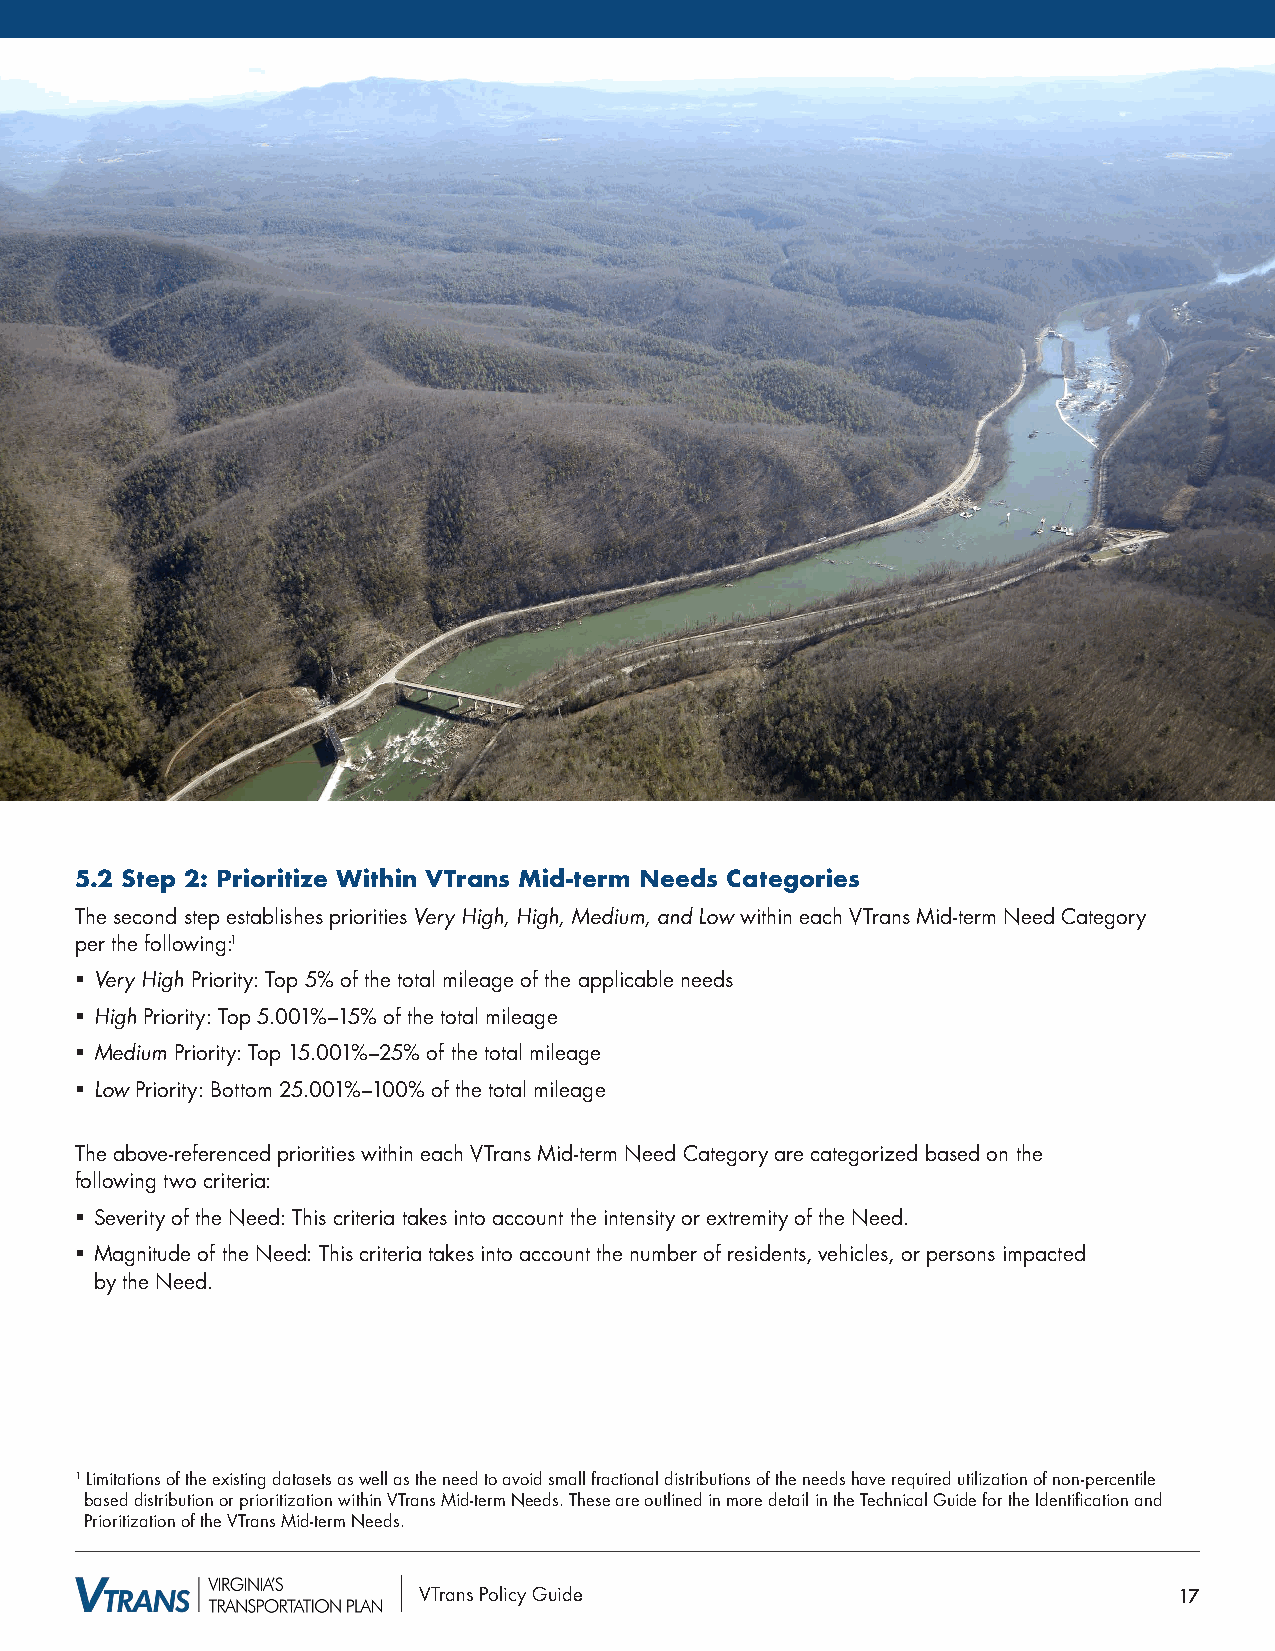
5.2 Step 2: Prioritize Within VTrans Mid-term Needs Categories
 The second step establishes priorities Very High, High, Medium, and Low within each VTrans Mid-term Need Category
 per the following:1
 § Very High Priority: Top 5% of the total mileage of the applicable needs
 § High Priority: Top 5.001%–15% of the total mileage
 § Medium Priority: Top 15.001%–25% of the total mileage
 § Low Priority: Bottom 25.001%–100% of the total mileage
 The above-referenced priorities within each VTrans Mid-term Need Category are categorized based on the
 following two criteria:
 § Severity of the Need: This criteria takes into account the intensity or extremity of the Need.
 § Magnitude of the Need: This criteria takes into account the number of residents, vehicles, or persons impacted
 by the Need.
 1 Limitations of the existing datasets as well as the need to avoid small fractional distributions of the needs have required utilization of non-percentile
 based distribution or prioritization within VTrans Mid-term Needs. These are outlined in more detail in the Technical Guide for the Identification and
 Prioritization of the VTrans Mid-term Needs.
 VTrans Policy Guide                               17